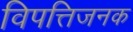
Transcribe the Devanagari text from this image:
विपत्तिजनक